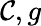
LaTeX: \mathcal{C},g